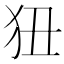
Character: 狃